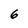
Character: 6